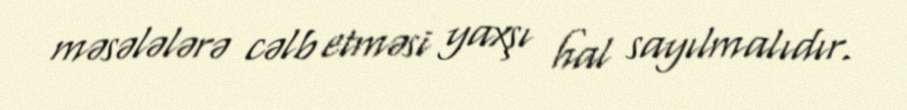
məsələlərə cəlb etməsi yaxşı hal sayılmalıdır.